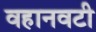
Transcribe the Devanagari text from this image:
वहानवटी